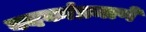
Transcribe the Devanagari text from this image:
बदकांप्रमाणे